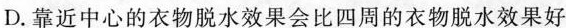
D.靠近中心的衣物脱水效果会比四周的衣物脱水效果好